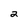
Character: 2